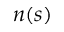
n \! \left( s \right)